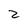
Character: z